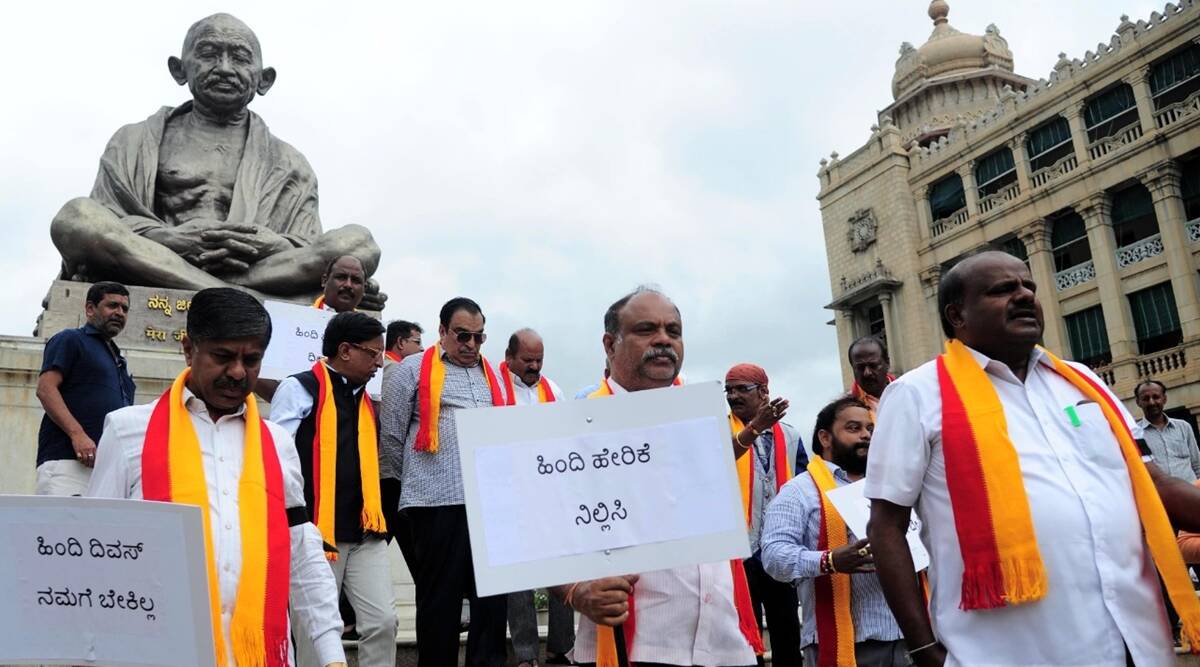
Language: kannada
Transcription: ಹಿಂದಿ ದಿವಸ್